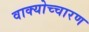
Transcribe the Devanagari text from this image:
वाक्योच्चारण